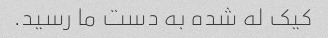
کیک له شده به دست ما رسید.